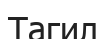
Тагил